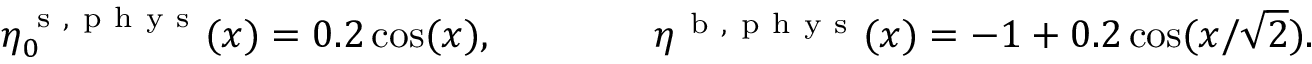
\eta _ { 0 } ^ { \mathrm { ~ s ~ } , \mathrm { ~ p ~ h ~ y ~ s ~ } } ( x ) = 0 . 2 \cos ( x ) , \qquad \qquad \eta ^ { \mathrm { ~ b ~ } , \mathrm { ~ p ~ h ~ y ~ s ~ } } ( x ) = - 1 + 0 . 2 \cos ( x / \sqrt { 2 } ) .